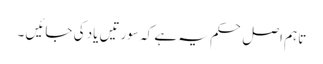
تاہم اصل حکم یہ ہے کہ سورتیں یاد کی جائیں ۔